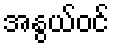
အနွယ်ဝင်